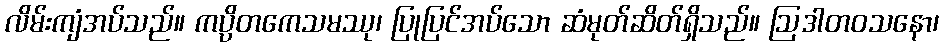
လိမ်းကျံအပ်သည်။ ကပ္ပိတကေသမဿု၊ ပြုပြင်အပ်သော ဆံမုတ်ဆိတ်ရှိသည်။ ဩဒါတဝသနော၊